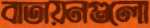
বাতায়নগুলো